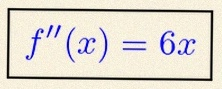
f''(x)=6x